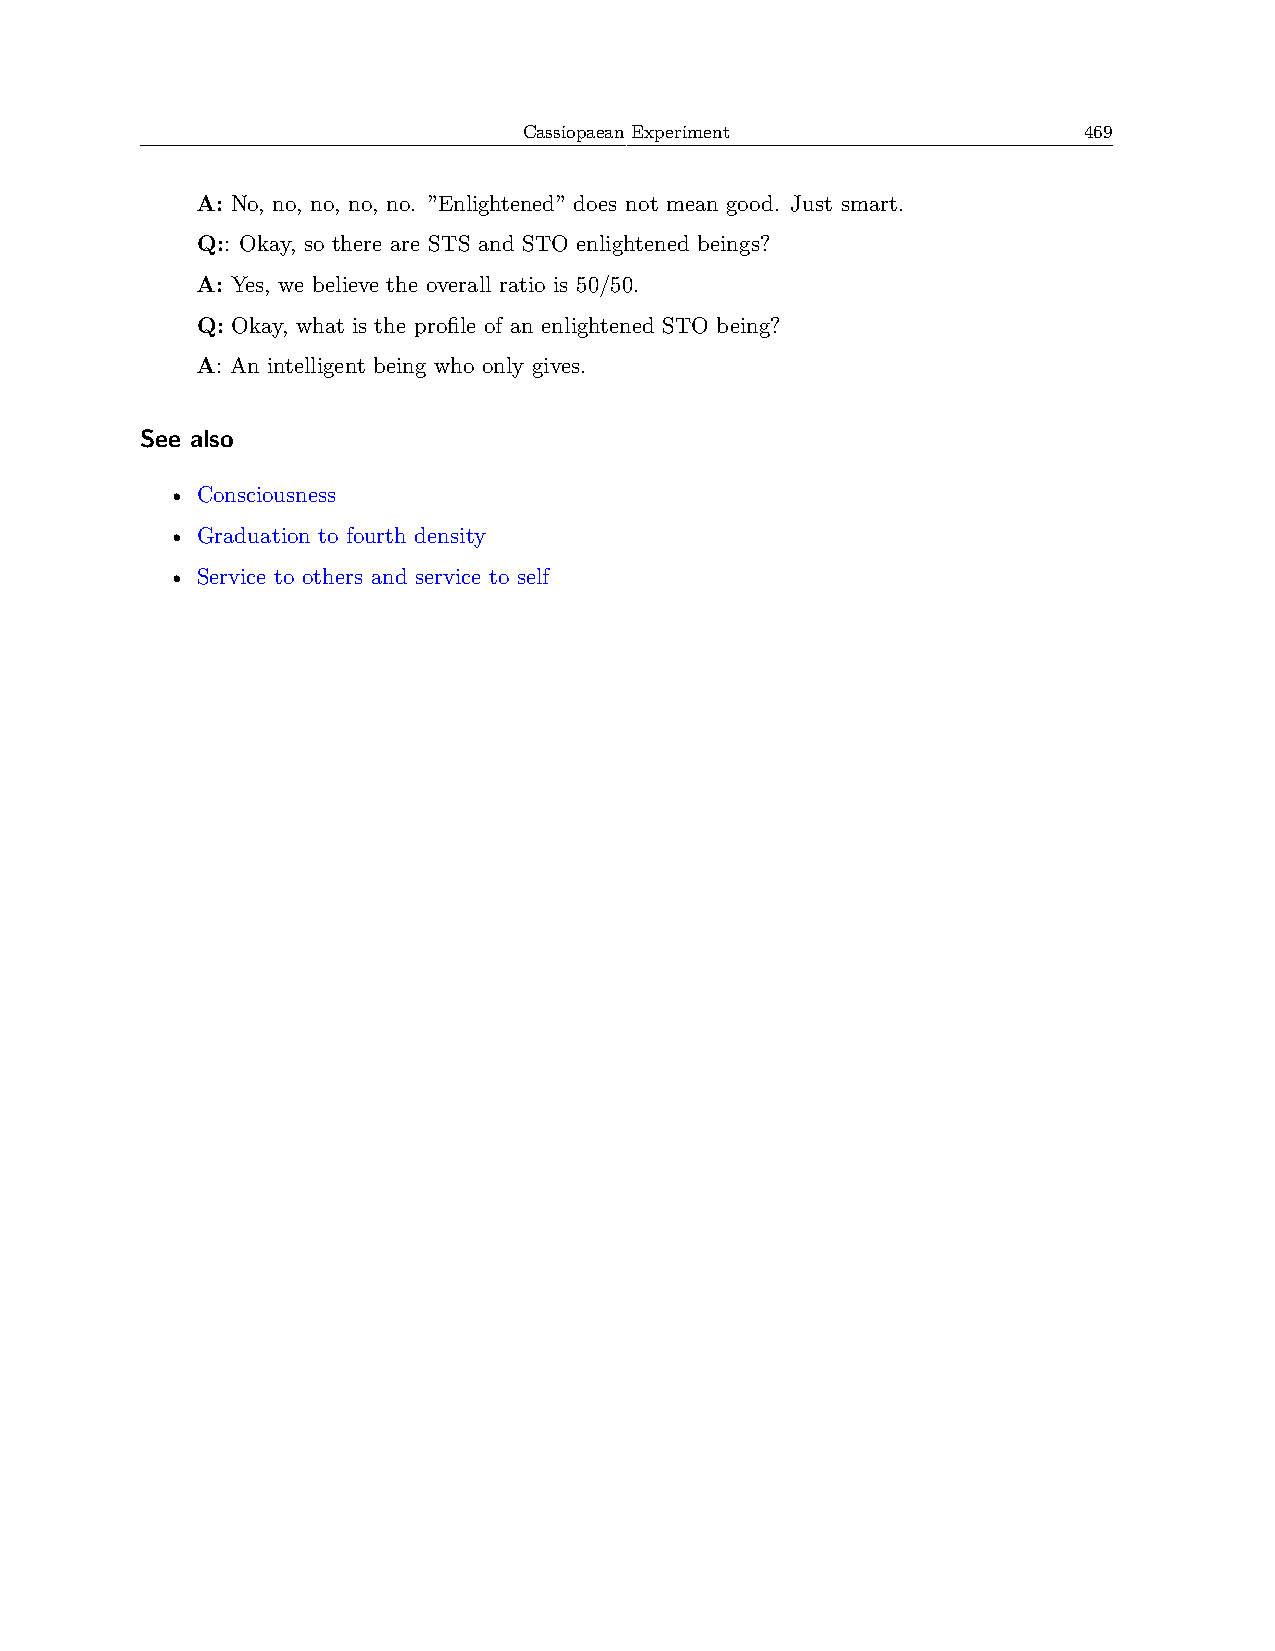
Cassiopaean Experiment               469
 A: No, no, no, no, no. ”Enlightened” does not mean good. Just smart.
 Q:: Okay, so there are STS and STO enlightened beings?
 A: Yes, we believe the overall ratio is 50/50.
 Q: Okay, what is the profile of an enlightened STO being?
 A: An intelligent being who only gives.
 See also
 • Consciousness
 • Graduation to fourth density
 • Service to others and service to self